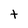
Character: t